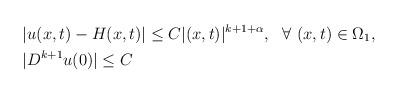
LaTeX: \begin{align*} \begin{aligned}&|u(x,t)-H(x,t)|\leq C |(x,t)|^{k+1+\alpha},~~\forall ~(x,t)\in \Omega_{1},\\&|D^{k+1}u(0)|\leq C \end{aligned}\end{align*}